Mental hospitals Bombay report 1921-28 - 1921-1928
Year: 1921
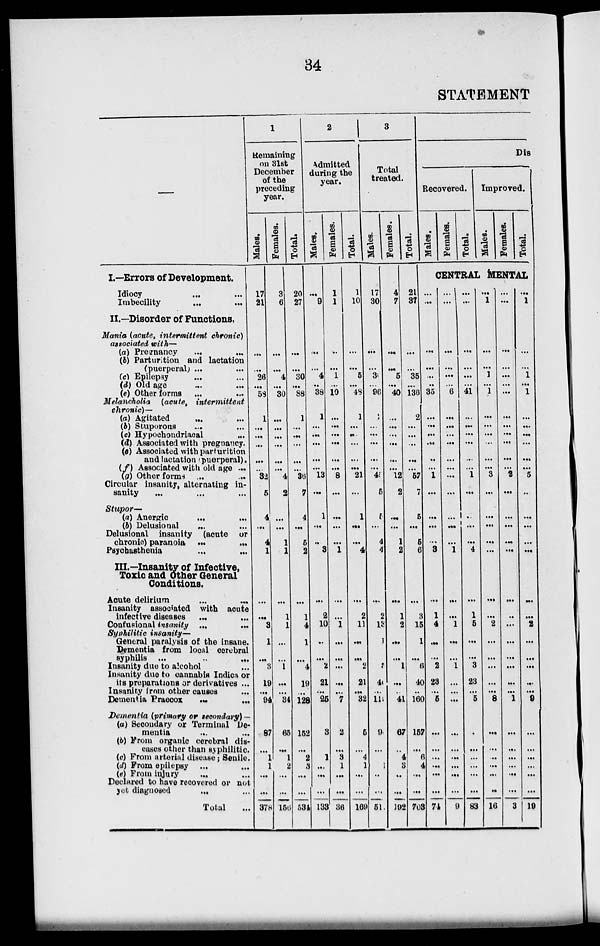
34
STATEMENT
—
I.—Errors of Development.
Idiocy ... ...
Imbecility ... ...
II.—Disorder of Functions,
Mania (acute, intermittent chronic)
associated with—
(a) Pregnancy ... ...
(b) Parturition and lactation
(puerperal) ... ...
(c) Epilepsy ... ...
(d) Old age ... ...
(e) Other forms ... ...
Melancholia (acute, intermittent
chronic)—
(a) Agitated ... ...
(b) Stuporous ... ...
(c) Hypochondriacal ...
(d) Associated with pregnancy.
(e) Associated with parturition
and lactation (puerperal).
(f) Associated with old age ...
(g) Other forms ... ...
Circular insanity, alternating in-
sanity ... ... ...
Stupor—
(a) Anergic ... ...
(b) Delusional ... ...
Delusional insanity (acute or
chronio) paranoia ... ...
Psychasthenia ... ...
III—Insanity of Infective,
Toxic and Other General
Conditions.
Acute delirium
...
...
Insanity associated with acute
infective diseases ... ...
Confusional insanity ... ...
Syphilitic insanity—
General paralysis of the insane.
Dementia from local cerebral
syphilis
...
...
...
Insanity due to alcohol ...
Insanity due to cannabis Indioa or
its preparations or derivatives ...
Insanity from other causes ...
Dementia Praecox ... ...
Dementia (primary or secondary)—
(a) Secondary or Terminal De-
------ ... ...
(b) From organic cerebral dis-
eases other than syphilitic.
(c) From arterial disease; Senile.
(d)From epilepsy... ...
(e) from injury
...
...
Declared to nave reoovored or not
yet diagnosed ... ... Total ...
1
Remaining
on 31st
December
of the
preceding
year.
Males.
17
21
...
...
26
...
58
1
...
...
...
...
...
32
5
4
...
4
1
...
...
3
1
...
3
19
...
94
87
...
1
1
...
...
378
Females.
3
6
...
...
4
...
30
...
...
...
...
...
...
4
2
...
...
1
1
...
1
1
...
...
1
...
...
34
65
...
1
2
...
...
156
Total.
20
27
...
...
30
...
88
1
...
...
...
...
...
36
7
4
...
5
2
...
1
4
1
...
4
19
...
128
152
...
2
3
...
...
534
2
Admitted
during the
year.
Males.
...
9
...
...
4
...
38
1
...
...
...
...
...
13
...
1
...
...
3
...
2
10
...
...
2
21
...
25
3
...
1
...
...
...
133
Females.
1
1
...
...
1
...
10
...
...
...
...
...
...
8
...
...
...
...
1
...
...
1
...
...
...
...
...
7
2
...
3
1
...
...
36
Total.
1
10
...
...
5
...
48
1
...
...
...
...
...
21
...
1
...
...
4
...
2
11
...
...
2
21
...
32
5
...
4
1
...
...
169
3
Total
treated.
Males.
17
30
...
...
30
...
96
2
...
...
...
...
...
4
5
5
...
4
4
...
2
13
1
...
5
40
...
119
9
...
...
1
...
...
51
Females.
4
7
...
...
5
...
40
...
...
...
...
...
...
12
2
...
...
1
2
...
1
2
...
...
1
...
...
41
67
...
4
3
...
...
192
Total.
21
37
...
...
35
...
136
2
...
...
...
...
...
57
7
5
...
5
6
...
3
15
1
...
6
40
...
160
157
...
6
4
...
...
708
Dis
Recovered.
Males.
Females.
Total.
Improved.
Males.
Females.
Total.
CENTRAL MENTAL
...
...
...
...
...
...
35
...
...
...
...
..
... 1
...
...
...
...
3
...
1
4
...
...
2
23
...
5
...
...
...
...
...
...
74
...
...
...
...
...
...
6
...
...
...
...
...
...
...
...
...
...
...
1
...
...
1
...
...
1
...
...
...
...
...
...
...
...
...
9
...
...
...
...
...
...
41
...
...
...
...
...
...
1
...
...
...
...
4
...
1
5
...
...
3
23
...
5
...
...
...
...
...
...
83
...
1
...
...
1
...
1
...
...
...
...
...
...
3
...
...
...
...
...
...
...
2
...
...
...
...
...
8
...
...
...
...
...
...
16
...
...
...
...
...
...
...
...
...
...
...
...
2
...
...
...
...
...
...
...
...
...
...
...
...
...
1
...
...
...
...
...
...
3
...
1
...
...
1
...
1
...
...
...
...
...
5
...
...
...
...
...
...
...
2
...
...
...
...
...
9
...
...
...
...
...
...
19